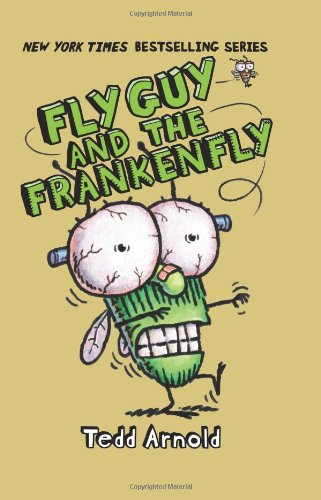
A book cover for Fly Guy #13: Fly Guy and the Frankenfly; Tedd Arnold; Children's Books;